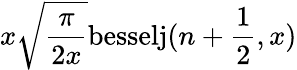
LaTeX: x\sqrt{\frac{\pi}{2x}}\mathrm{besselj}(n+\frac{1}{2},x)